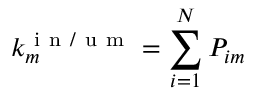
k _ { m } ^ { \mathrm { ~ i ~ n ~ / ~ u ~ m ~ } } = \sum _ { i = 1 } ^ { N } P _ { i m }